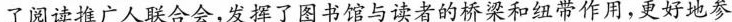
了阅读推广人联合会，发挥了图书馆与读者的桥梁和纽带作用，更好地参